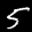
Label: 5